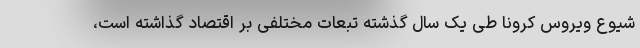
شیوع ویروس کرونا طی یک سال گذشته تبعات مختلفی بر اقتصاد گذاشته است،